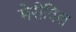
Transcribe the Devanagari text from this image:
मेरीविल